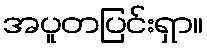
အပူတပြင်းရှာ။